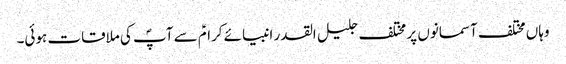
وہاں مختلف آسمانوں پر مختلف جلیل القدر انبیائے کرامؑ سے آپؐ کی ملاقات ہوئی۔